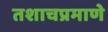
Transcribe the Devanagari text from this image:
तशाचप्रमाणे